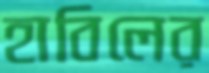
হাবিলের